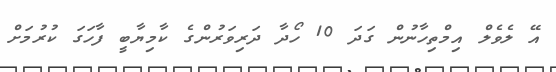
އޭ ލެވެލް އިމްތިހާނުން ގަދަ 10 ހޯދާ ދަރިވަރުންގެ ކާމިޔާބީ ފާހަގަ ކުރުމަށް